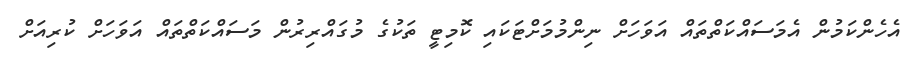
އެހެންކަމުން އެމަސައްކަތްތައް އަވަހަށް ނިންމުމަށްޓަކައި ކޮމިޓީ ތަކުގެ މުގައްރިރުން މަސައްކަތްތައް އަވަހަށް ކުރިއަށް